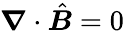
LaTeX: \boldsymbol\nabla\cdot\hat{\boldsymbol B}=0